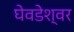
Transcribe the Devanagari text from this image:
घेवडेश्वर